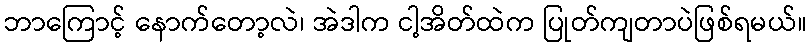
ဘာကြောင့် နောက်တော့လဲ၊ အဲဒါက ငါ့အိတ်ထဲက ပြုတ်ကျတာပဲဖြစ်ရမယ်။